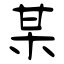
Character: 某